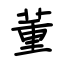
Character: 董